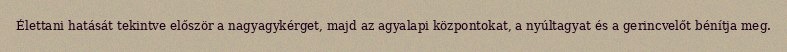
Élettani hatását tekintve először a nagyagykérget, majd az agyalapi központokat, a nyúltagyat és a gerincvelőt bénítja meg.